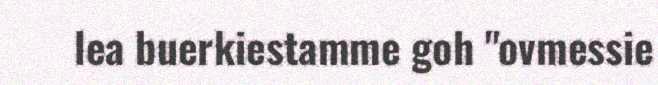
lea buerkiestamme goh "ovmessie